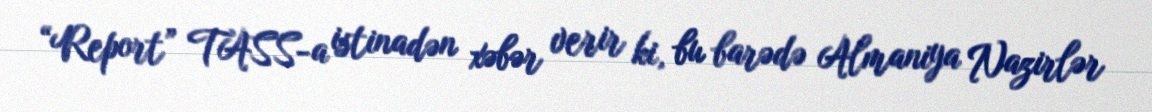
“Report” TASS-a istinadən xəbər verir ki, bu barədə Almaniya Nazirlər